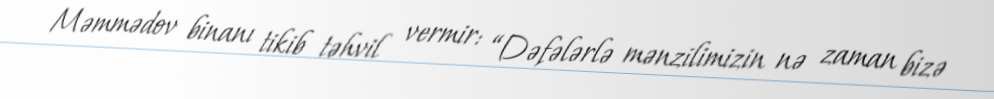
Məmmədov binanı tikib təhvil vermir: “Dəfələrlə mənzilimizin nə zaman bizə